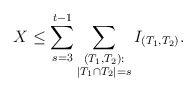
\begin{align*}X\leq \sum_{s=3}^{t-1} \sum_{\substack{(T_1,T_2):\\ |T_1\cap T_2|=s}} I_{(T_1,T_2)}. \end{align*}